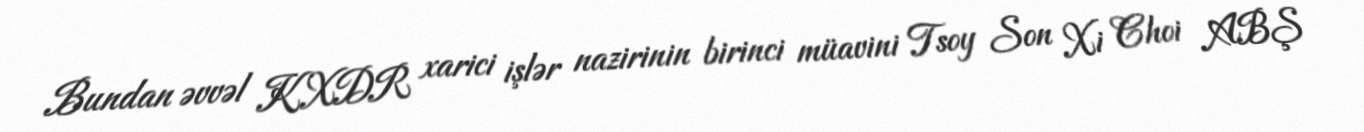
Bundan əvvəl KXDR xarici işlər nazirinin birinci müavini Tsoy Son Xi Choi ABŞ